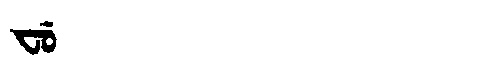
Manchu: ᠸᡠ
Romanization: FU